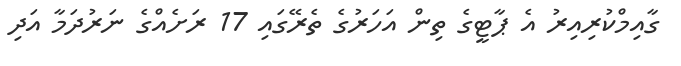
ގާއިމްކުރިއިރު އެ ޕާޓީގެ ތިން އަހަރުގެ ތެރޭގައި 17 ރަށެއްގެ ނަރުދަމާ އަދި